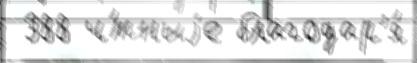
 388 ч́тныjе благодар'я́